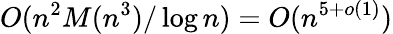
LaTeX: O(n^{2}M(n^{3})/\log{n})=O(n^{5+o(1)})